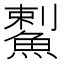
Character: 䱫